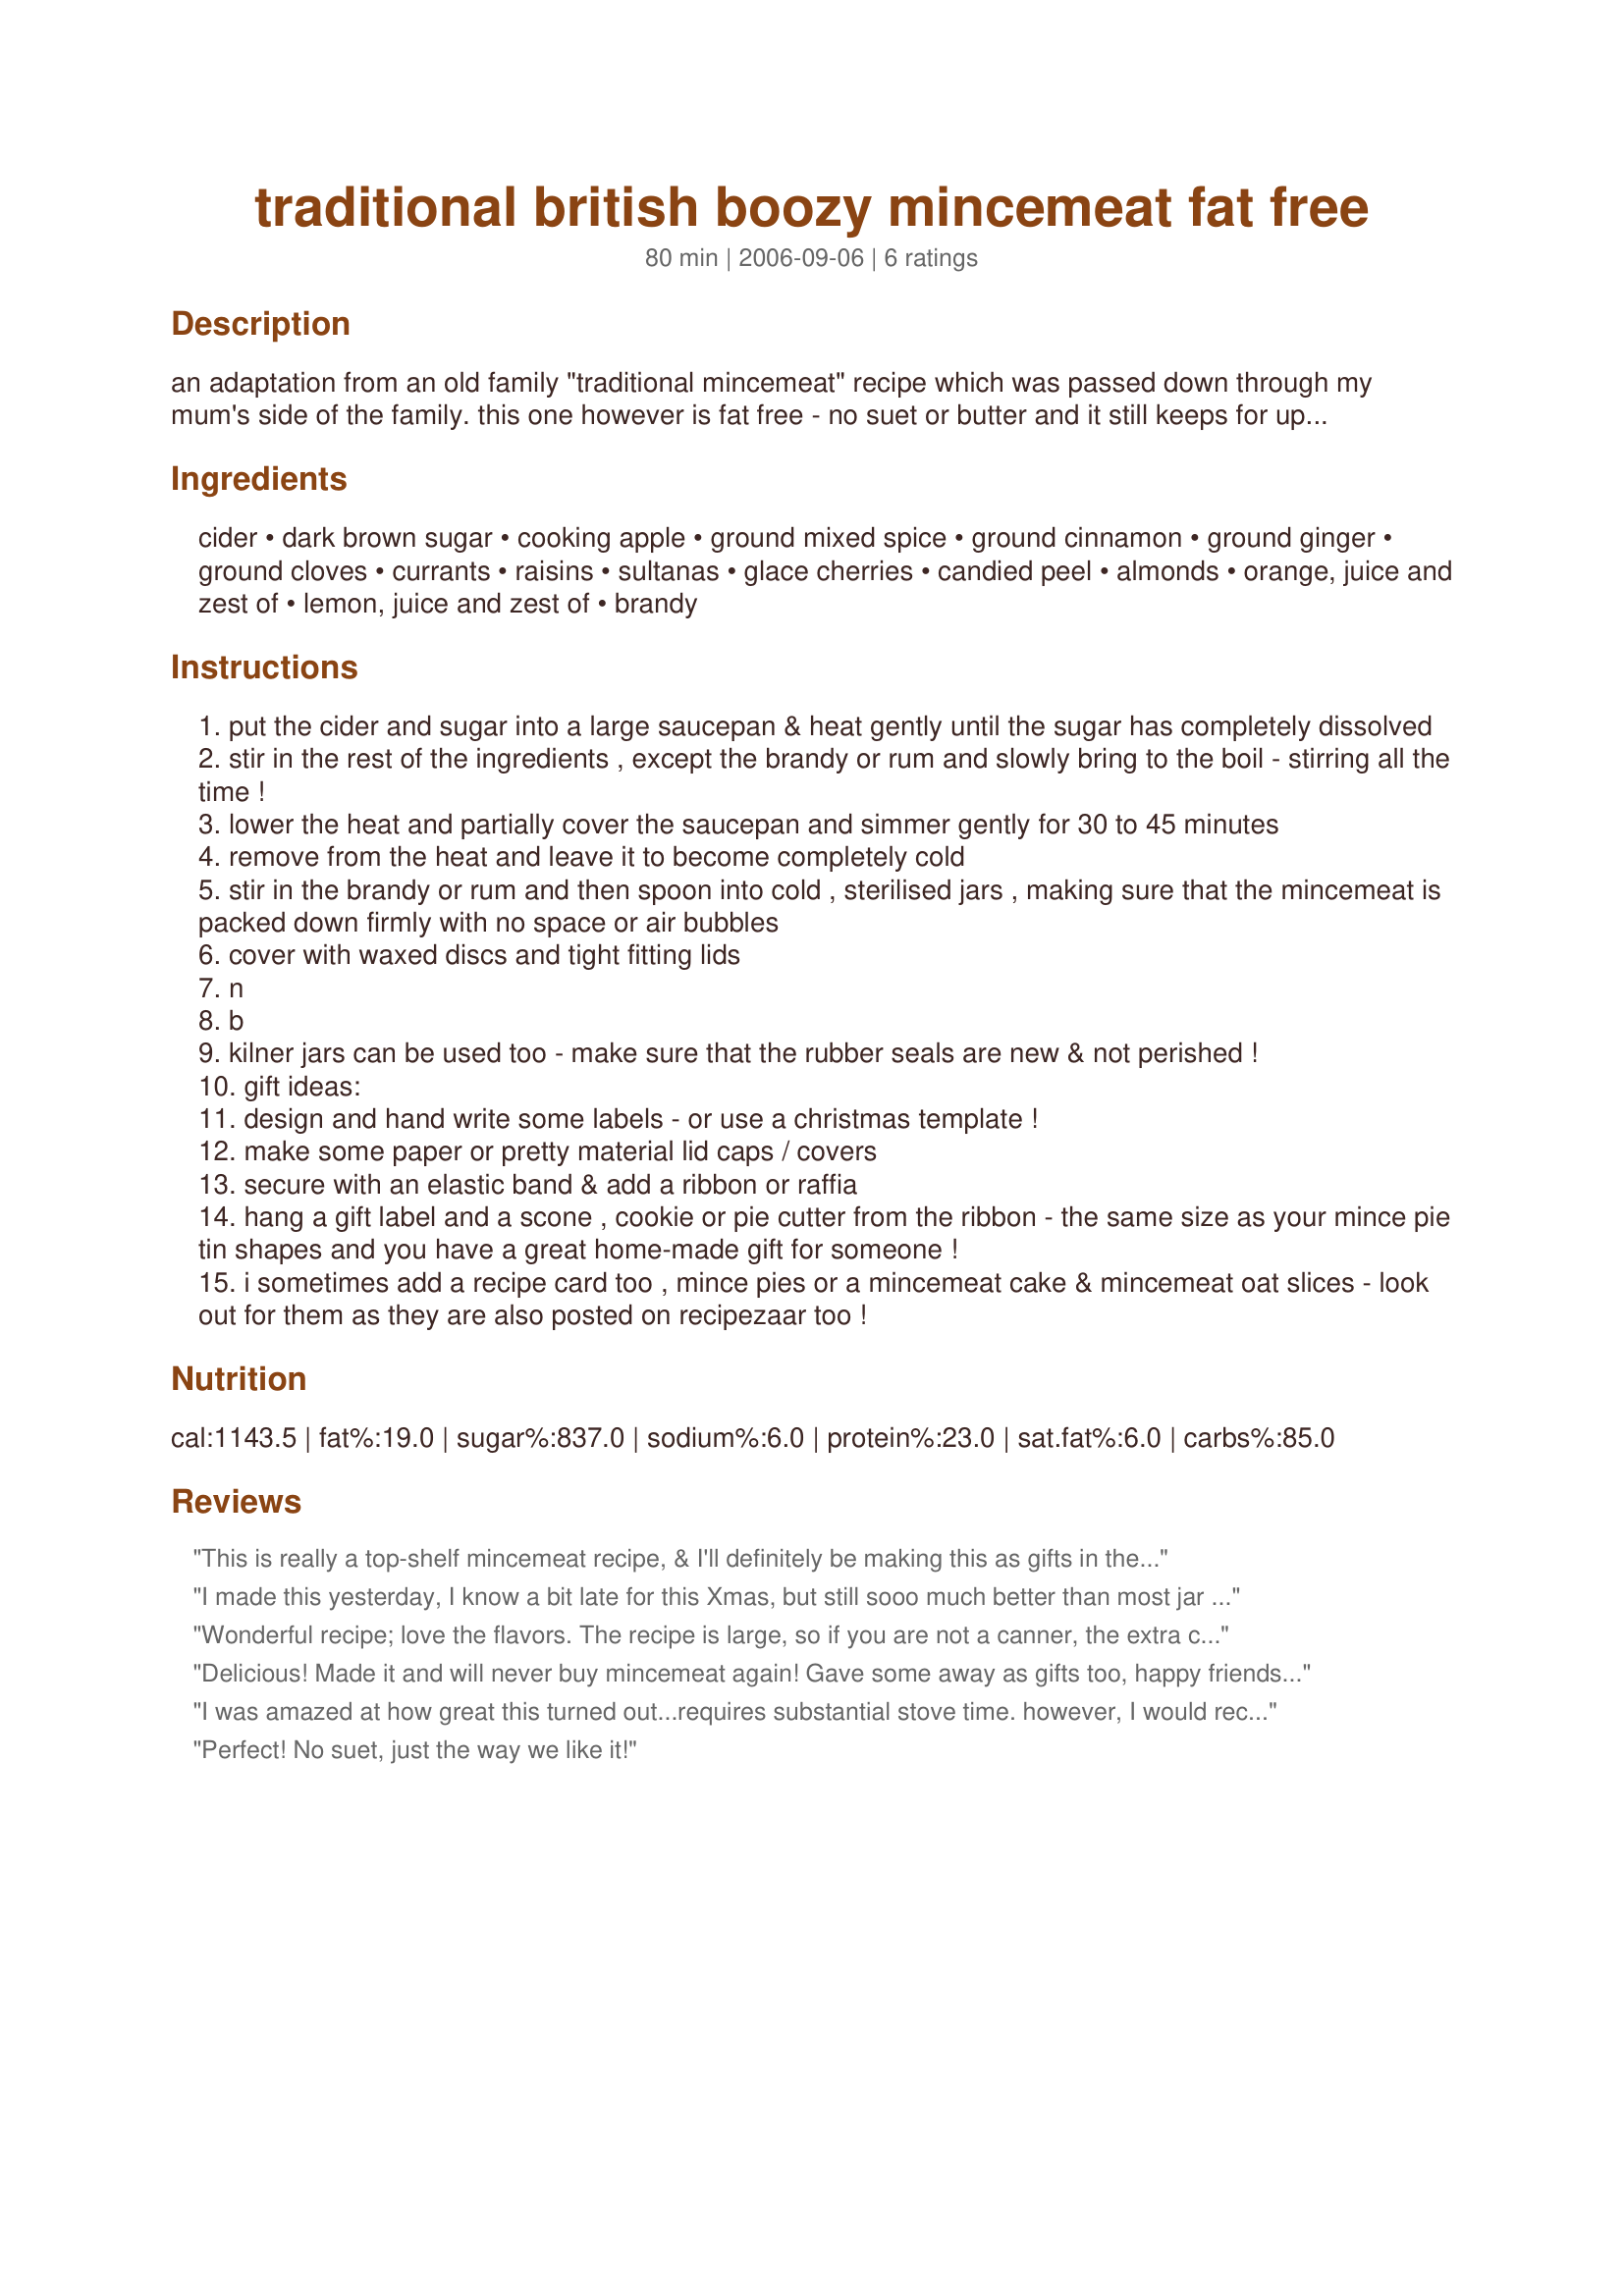
traditional british boozy mincemeat fat free
Preparation time: 80 minutes

an adaptation from an old family "traditional mincemeat" recipe which was passed down through my mum's side of the family. this one however is fat free - no suet or butter and it still keeps for up to a year or two; i currently have a jar from 3 years ago which has aged and matured beautifully! i have called it traditional mincemeat as it has all the traditional ingredients apart from the fat and it is very easy to make. i am posting this in early september so it can be made now and allowed to mature ready for christmas mince pies. where i have stated rum or brandy, please use any strong liquor that you may have available; it's just that brandy or rum work very nicely with the ingredients. make some pretty labels, add a paper or fabric lid cover with a ribbon and then hang a pie, scone or cookie cutter from the neck - and voila, a thoughtful home-made gift! n.b. it's the alcohol that keeps this mincemeat, so if you want a non-alcoholic version, i have a traditional suet mincemeat recipe posted, which does not need much if any alcohol - recipe #257241.

Ingredients:
cider, dark brown sugar, cooking apple, ground mixed spice, ground cinnamon, ground ginger, ground cloves, currants, raisins, sultanas, glace cherries, candied peel, almonds, orange, juice and zest of, lemon, juice and zest of, brandy

Steps:
put the cider and sugar into a large saucepan & heat gently until the sugar has completely dissolved
stir in the rest of the ingredients , except the brandy or rum and slowly bring to the boil - stirring all the time !
lower the heat and partially cover the saucepan and simmer gently for 30 to 45 minutes
remove from the heat and leave it to become completely cold
stir in the brandy or rum and then spoon into cold , sterilised jars , making sure that the mincemeat is packed down firmly with no space or air bubbles
cover with waxed discs and tight fitting lids
n
b
kilner jars can be used too - make sure that the rubber seals are new & not perished !
gift ideas:
design and hand write some labels - or use a christmas template !
make some paper or pretty material lid caps / covers
secure with an elastic band & add a ribbon or raffia
hang a gift label and a scone , cookie or pie cutter from the ribbon - the same size as your mince pie tin shapes and you have a great home-made gift for someone !
i sometimes add a recipe card too , mince pies or a mincemeat cake & mincemeat oat slices - look out for them as they are also posted on recipezaar too !

Reviews:
This is really a top-shelf mincemeat recipe, & I'll definitely be making this as gifts in the future!! I couldn't find the candied cherries or citrus peel in grocery shelves, so used dried cherries instead of the candied ones, then made my own candied orange peel! Have now found a recipe for making candied cherries & might try that another time! And, I used a combo of brandy & rum on half the batchy, many thanks for an OUTSTANDING recipe!!
I made this yesterday, I know a bit late for this Xmas, but still sooo much better than most jar varieties. I made exactly as stated, but was a bit short on the amount of dried fruit required. So added some dried cranberries and dried figlets to the food pro. and added them. The recipe is so forgiving, I think you could add anything you like, and it will always turn out wonderfully. I used Brandy. The spice level is perfect. Great recipe.
Wonderful recipe; love the flavors. The recipe is large, so if you are not a canner, the extra can be kept up to a year in the freezer as well.
Delicious! Made it and will never buy mincemeat again! Gave some away as gifts too, happy friends and family. Thank you.
I was amazed at how great this turned out...requires substantial stove time. however, I would recommend this to any mincemeat lover. Has the wonderful tangy taste that I recall. thanks so very much.
Perfect! No suet, just the way we like it!
